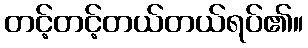
တင့်တင့်တယ်တယ်ရပ်၏။